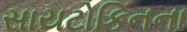
સાયટોકિનના